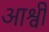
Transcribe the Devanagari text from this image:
आश्वी